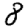
Digit: 8